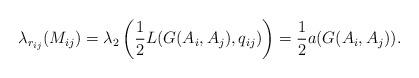
LaTeX: \begin{align*}\lambda_{r_{ij}}(M_{ij}) = \lambda_2\left(\frac 12 L(G(A_i,A_j),q_{ij})\right) = \frac 12 a(G(A_i,A_j)).\end{align*}